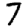
Digit: 7